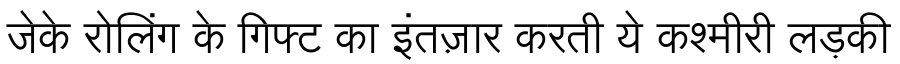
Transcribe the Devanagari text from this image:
जेके रोलिंग के गिफ्ट का इंतज़ार करती ये कश्मीरी लड़की